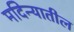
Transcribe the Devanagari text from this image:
मदिन्यातील